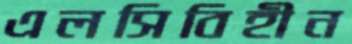
এলসিবিহীন